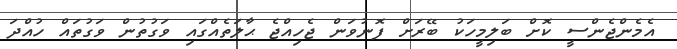
އެމެންޖެންސީ ކޮށް ބަލިމީހަކު ބޭރަށް ފޮނުވަން ޖެހިއްޖެ ޙާލަތެއްގައި ވަގުތުން ވަގުތައް ހުއްދަ